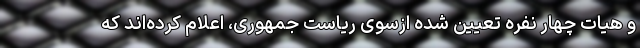
و هیات چهار نفره تعیین شده ازسوی ریاست‌ جمهوری، اعلام کرده‌اند که